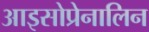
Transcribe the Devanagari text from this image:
आइसोप्रेनालिन